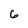
Character: 6